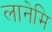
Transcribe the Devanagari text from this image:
लानेमि